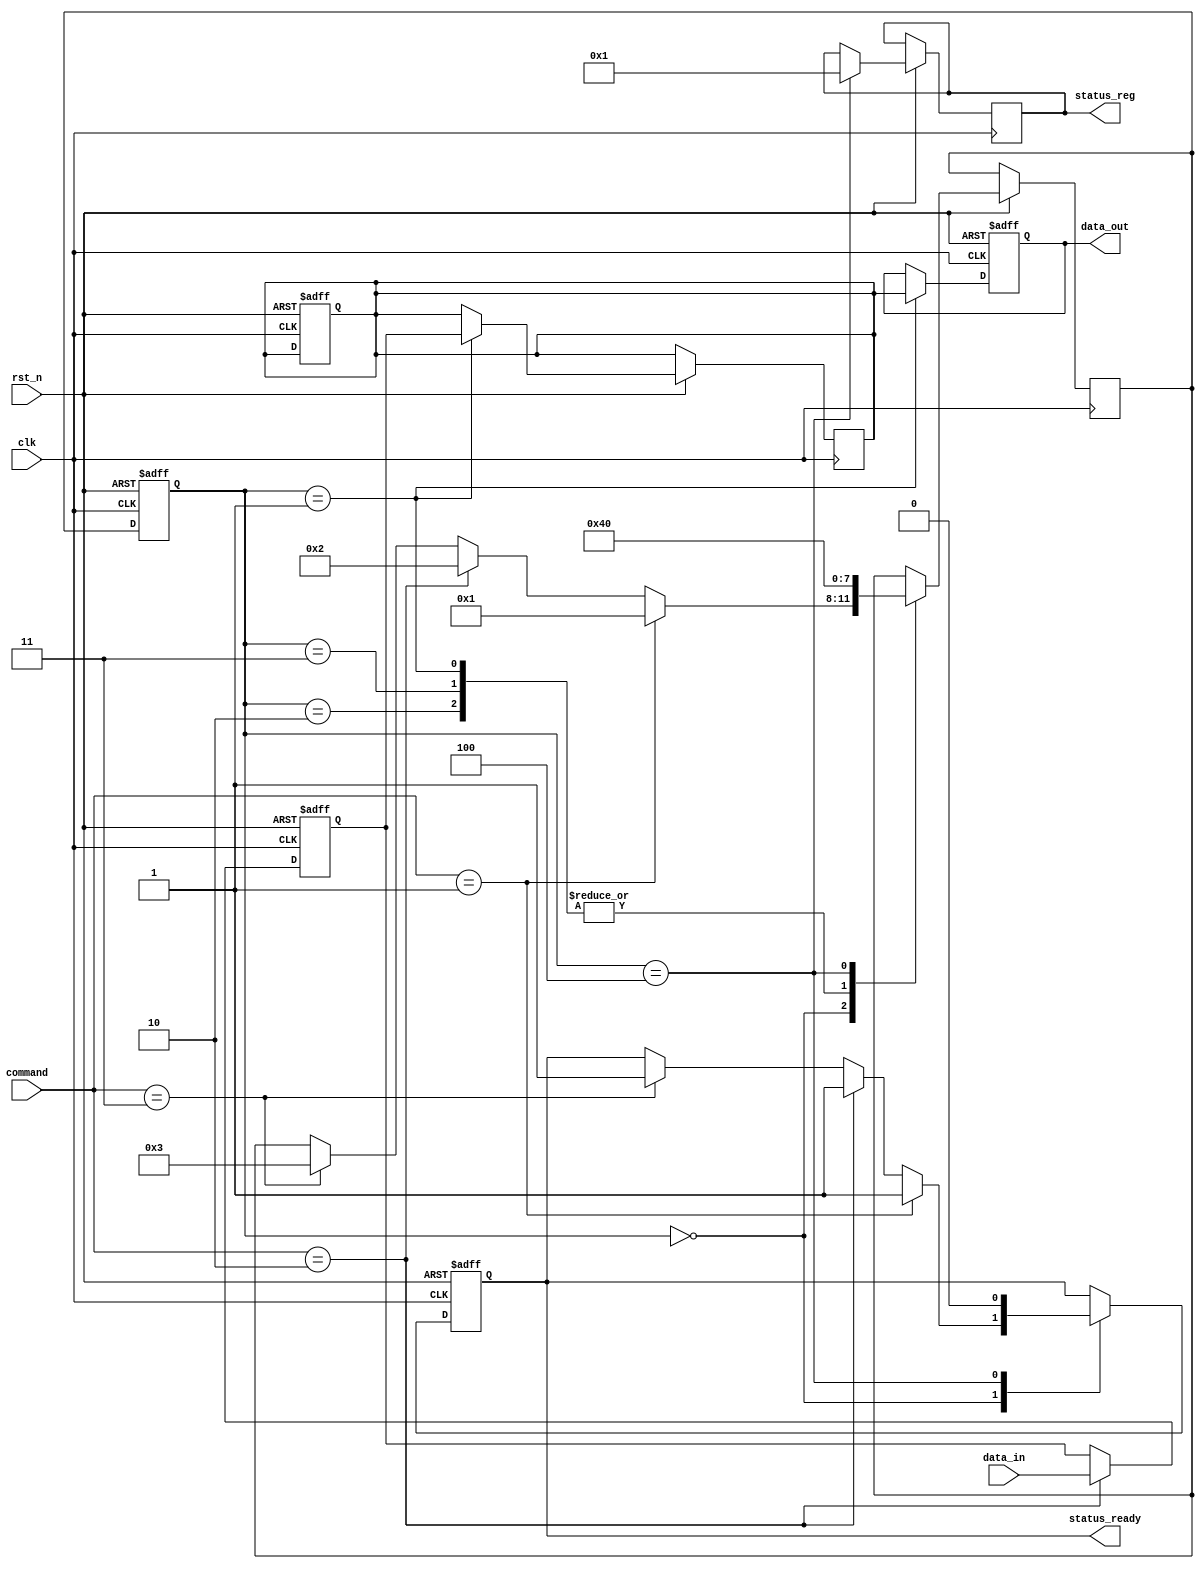
module TLC_NAND_IO (
    input wire clk,                 // System clock
    input wire rst_n,               // Active low reset
    input wire [15:0] data_in,      // Data input from external sources
    input wire [3:0] command,        // Command input (e.g., read, write)
    output reg [15:0] data_out,      // Data output to external interface
    output reg status_ready,         // Status signal for readiness
    output reg [7:0] status_reg      // Status register
);

    // Internal signals
    reg [15:0] input_buffer;         // Input buffer
    reg [15:0] output_buffer;        // Output buffer
    reg [3:0] current_state;         // Command state machine state
    reg [3:0] next_state;            // Next state for the state machine

    // State encoding
    localparam IDLE       = 4'b0000,
               READ       = 4'b0001,
               WRITE      = 4'b0010,
               ERASE      = 4'b0011,
               STATUS      = 4'b0100;

    // Input Buffer: Latch data
    always @(posedge clk or negedge rst_n) begin
        if (!rst_n) begin
            input_buffer <= 16'd0;
        end else begin
            if (command == WRITE) begin
                input_buffer <= data_in;   // Latch input data on write command
            end
        end
    end

    // Output Buffer: Drive data out
    always @(posedge clk or negedge rst_n) begin
        if (!rst_n) begin
            output_buffer <= 16'd0;
            data_out <= 16'd0;
        end else begin
            if (current_state == READ) begin
                data_out <= output_buffer; // Drive data on read command
            end
        end
    end
    
    // Command interface: State machine to handle commands
    always @(posedge clk or negedge rst_n) begin
        if (!rst_n) begin
            current_state <= IDLE;
            status_ready <= 1'b0;
        end else begin
            current_state <= next_state;
            case (current_state)
                IDLE: begin
                    if (command == READ) begin
                        next_state <= READ;
                        status_ready <= 1'b1;
                    end else if (command == WRITE) begin
                        next_state <= WRITE;
                        status_ready <= 1'b1;
                    end else if (command == ERASE) begin
                        next_state <= ERASE;
                        status_ready <= 1'b1;
                    end
                end
                READ: begin
                    // Simulate read operation
                    output_buffer <= input_buffer; // For example
                    next_state <= STATUS;
                end
                WRITE: begin
                    // Simulate write operation
                    // Write input_buffer data to memory (implementation needed)
                    next_state <= STATUS;
                end
                ERASE: begin
                    // Simulate erase operation
                    // Erase logic implementation (specifics needed)
                    next_state <= STATUS;
                end
                STATUS: begin
                    status_reg <= 8'd1; // Indicate operation success or failure
                    next_state <= IDLE;
                    status_ready <= 1'b0;
                end
            endcase
        end
    end

    // Data Path Control (simplified)
    always @(posedge clk or negedge rst_n) begin
        if (!rst_n) begin
            // Initialize data path control signals if needed
        end else begin
            // Manage the flow of data here; e.g. multiplexing
        end
    end

    // Error Handling (simplified)
    // Here you can implement error correction schemes (e.g., BCH or LDPC)
    
    // Power Management (simplified)
    // Manage power states and sequences here

endmodule